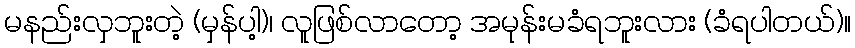
မနည်းလှဘူးတဲ့ (မှန်ပါ့)၊ လူဖြစ်လာတော့ အမုန်းမခံရဘူးလား (ခံရပါတယ်)။